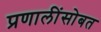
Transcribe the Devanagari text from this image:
प्रणालींसोबत